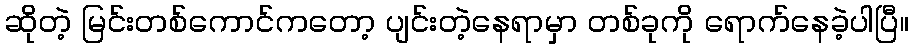
ဆိုတဲ့ မြင်းတစ်ကောင်ကတော့ ပျင်းတဲ့နေရာမှာ တစ်ခုကို ရောက်နေခဲ့ပါပြီ။